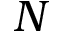
N